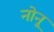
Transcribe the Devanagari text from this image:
नोनू